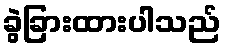
ခွဲခြားထားပါသည်